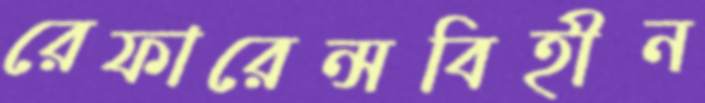
রেফারেন্সবিহীন